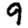
Digit: 9